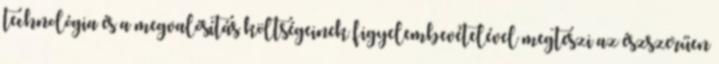
technológia és a megvalósítás költségeinek figyelembevételével megteszi az észszerűen